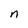
Character: n